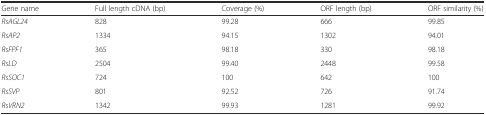
| Gene name | Full length cDNA (bp) | Coverage (%) | ORF length (bp) | ORF similarity (%) |
 | --- | --- | --- | --- | --- |
 | RsAGL24 | 828 | 99.28 | 666 | 99.85 |
 | RsAP2 | 1334 | 94.15 | 1302 | 94.01 |
 | RsFPF1 | 365 | 98.18 | 330 | 98.18 |
 | RsLD | 2504 | 99.40 | 2448 | 99.58 |
 | RsSOC1 | 724 | 100 | 642 | 100 |
 | RsSVP | 801 | 92.52 | 726 | 91.74 |
 | RsVRN2 | 1342 | 99.93 | 1281 | 99.92 |